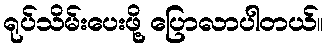
ရုပ်သိမ်းပေးဖို့ ပြောလာပါတယ်။